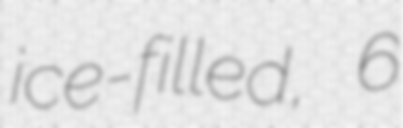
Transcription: ice-filled, 6